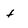
Character: f